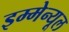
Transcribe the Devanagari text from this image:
इम्मेन्यूल